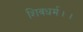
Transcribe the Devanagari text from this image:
शिवधर्म।।